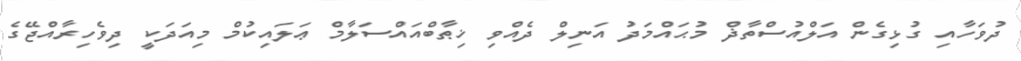
ދުވަހާއި ގުޅިގެން އަލްއުސްތާޛް މުޙައްމަދު އަނިލް ދެއްވި ޚިޠާބްއައްސަލާމް ޢަލައިކުމް މިއަދަކީ ދިވެހިރާއްޖޭގެ